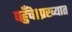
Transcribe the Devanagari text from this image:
पहुँचे।प्रख्यात